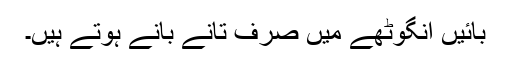
بائیں انگوٹھے میں صرف تانے بانے ہوتے ہیں۔